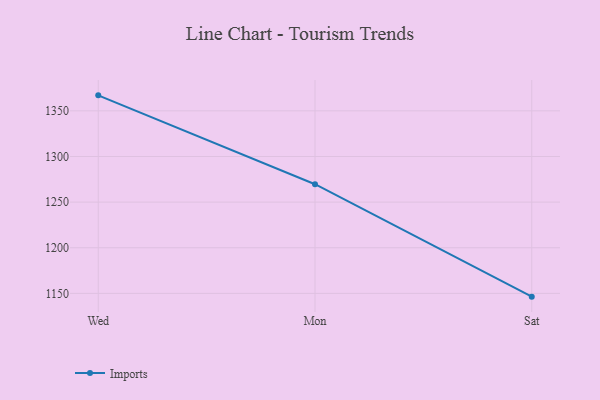
{"axis": {"x": "Day", "y": "Market Share (%)"}, "legend": ["Imports"], "data": [{"x": "Wed", "y": 1367.0, "type": "Imports"}, {"x": "Mon", "y": 1269.6, "type": "Imports"}, {"x": "Sat", "y": 1146.4, "type": "Imports"}]}